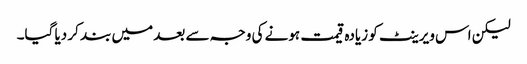
لیکن اس ویرینٹ کو زیادہ قیمت ہونے کی وجہ سے بعد میں بند کر دیا گیا۔